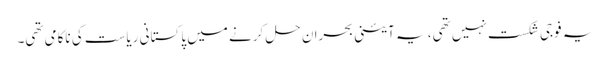
یہ فوجی شکست نہیں تھی، یہ آئینی بحران حل کرنے میں پاکستانی ریاست کی ناکامی تھی۔